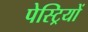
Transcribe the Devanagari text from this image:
पेस्ट्रियों